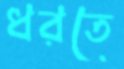
ধরতে